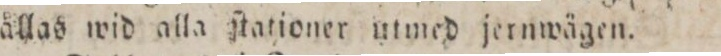
hållas wid alla ſtationer utmed jernwägen.